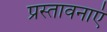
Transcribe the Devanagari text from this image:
प्रस्तावनाएं